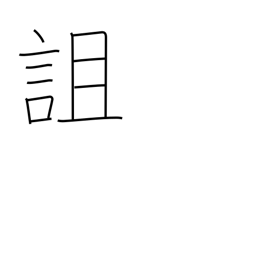
Meaning: curse